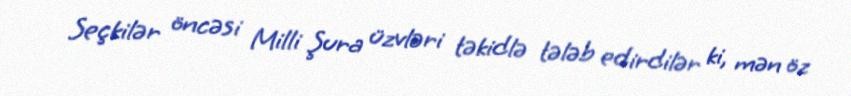
Seçkilər öncəsi Milli Şura üzvləri təkidlə tələb edirdilər ki, mən öz